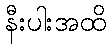
နီးပါးအထိ